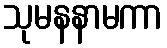
သုမနနာမကာ